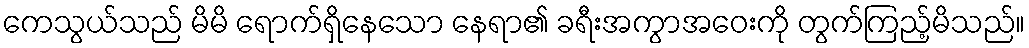
ကေသွယ်သည် မိမိ ရောက်ရှိနေသော နေရာ၏ ခရီးအကွာအဝေးကို တွက်ကြည့်မိသည်။